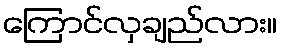
ကြောင်လှချည်လား။